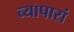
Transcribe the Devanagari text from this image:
व्यापारां